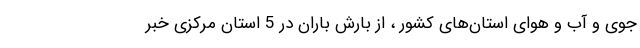
جوی و آب و هوای استان‌های کشور ، از بارش باران در 5 استان مرکزی خبر